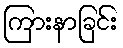
ကြားနာခြင်း